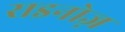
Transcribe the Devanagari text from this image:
राइनोज़